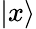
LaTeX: \left|x\right\rangle